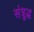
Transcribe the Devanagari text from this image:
संशुद्ध